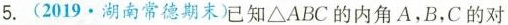
5.(2019.湖南常德期末)已知ΔABC的内角A，B，C的对